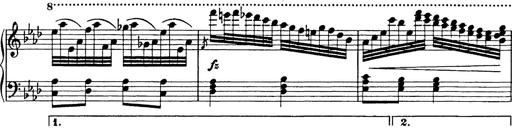
Title: 8 Variations
Composer: Franz Liszt
Key: A-flat major